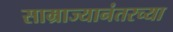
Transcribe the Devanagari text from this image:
साम्राज्यानंतरच्या